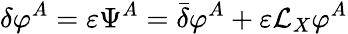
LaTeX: \delta\varphi^{A}=\varepsilon\Psi^{A}={\bar{\delta}}\varphi^{A}+\varepsilon{\mathcal{L}}_{X}\varphi^{A}